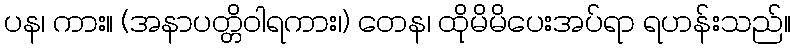
ပန၊ ကား။ (အနာပတ္တိဝါရကား၊) တေန၊ ထိုမိမိပေးအပ်ရာ ရဟန်းသည်။